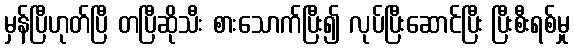
မှန်ပြီဟုတ်ပြီ တပြီဆိုသီး စားသောက်ပြီး၍ လုပ်ပြီးဆောင်ပြီး ပြီးစီးရစ်မှု